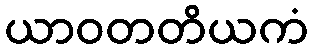
ယာဝတတိယကံ